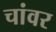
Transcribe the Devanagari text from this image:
चांवर